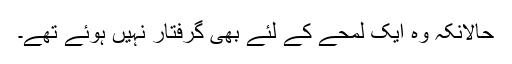
حالانکہ وہ ایک لمحے کے لئے بھی گرفتار نہیں ہوئے تھے۔